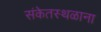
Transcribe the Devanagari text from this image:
संकेतस्थळाना